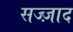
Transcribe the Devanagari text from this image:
सज्ज़ाद